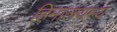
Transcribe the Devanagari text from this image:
हिमालयस्य